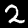
Digit: 2